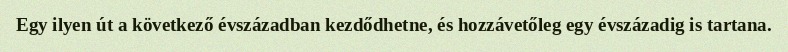
Egy ilyen út a következő évszázadban kezdődhetne, és hozzávetőleg egy évszázadig is tartana.